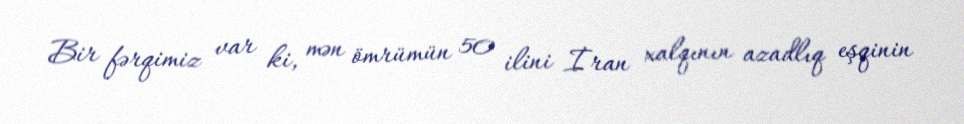
Bir fərqimiz var ki, mən ömrümün 50 ilini İran xalqının azadlıq eşqinin